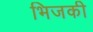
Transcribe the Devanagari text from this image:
भिजकी